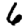
Digit: 6